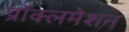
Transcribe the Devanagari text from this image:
प्रॉक्लमेशन